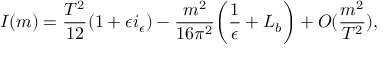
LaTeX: I ( m ) = { \frac { T ^ { 2 } } { 1 2 } } ( 1 + \epsilon i _ { \epsilon } ) - { \frac { m ^ { 2 } } { 1 6 \pi ^ { 2 } } } \biggl ( { \frac { 1 } { \epsilon } } + L _ { b } \biggr ) + O ( { \frac { m ^ { 2 } } { T ^ { 2 } } } ) ,